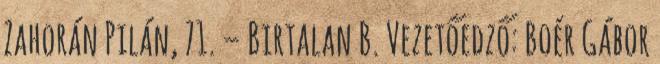
Zahorán Pilán, 71. – Birtalan B. Vezetőedző: Boér Gábor